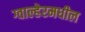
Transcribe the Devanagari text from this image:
ग्वाल्हेरमधील